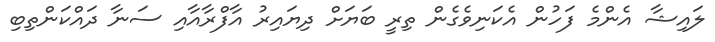
ލައިޝާ އެންމެ ފަހުން އެކަނިވެގެން ތިރީ ބަޔަށް ދިޔައިރު އާފްރާއާއި ސަނާ ދައްކަންތިބި